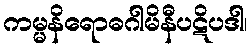
ကမ္မနိရောဓဂါမိနီပဋိပဒါ၊